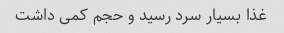
غذا بسیار سرد رسید و حجم کمی داشت